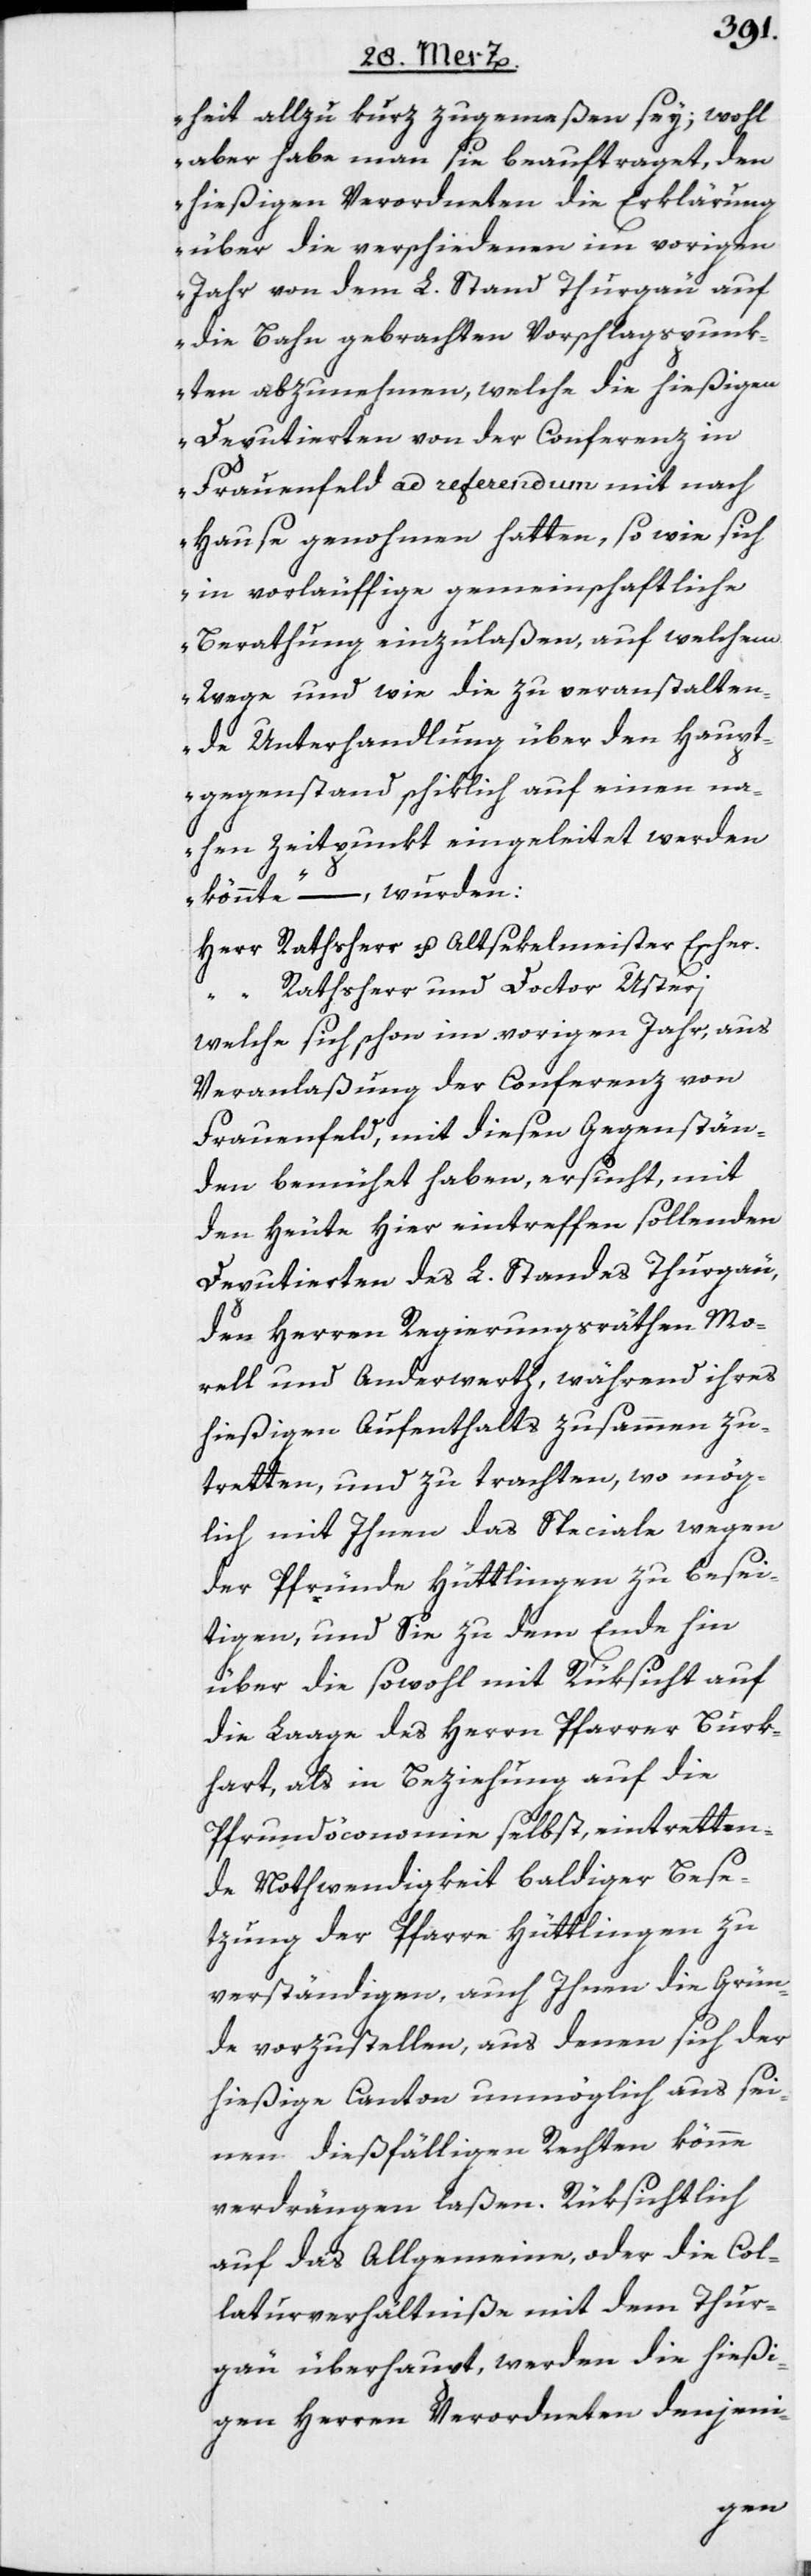
heit allzu kurz zugemeßen sey; wohl
aber habe man sie beauftraget, den
hießigen Verordneten die Erklärung
über die verschiedenen im vorigen
Jahr von dem L. Stand Thurgau auf
die Bahn gebrachten Vorschlagspunk¬
ten abzunehmen, welche die hießigen
Deputierten von der Conferenz in
Frauenfeld ad referendum mit nach
Hause genohmen hatten, so wie sich
in vorläuffige gemeinschaftliche
Berathung einzulaßen, auf welchem
Wege und wie die zu veranstalten¬
de Unterhandlung über den Haupt¬
gegenstand schiklich auf einen na¬
hen Zeitpunkt eingeleitet werden
könnte“ –, wurden:
Herr Rathsherr u. Altsekelmeister Escher.
“ Rathsherr und Doctor Usteri
welche sich schon im vorigen Jahr, aus
Veranlaßung der Conferenz von
Frauenfeld, mit diesen Gegenstän¬
den bemühet haben, ersucht, mit
den Heute Hier eintreffen sollenden
Deputierten des L. Standes Thurgau,
den Herren Regierungsräthen Mo¬
rell und Anderwerth, während ihres
hießigen Aufenthalts zusammen zu¬
tretten, und zu trachten, wo mög¬
lich mit Ihnen das Speciale wegen
der Pfründe Hüttlingen zu besei¬
tigen, und Sie zu dem Ende hin
über die sowohl mit Rüksicht auf
die Laage des Herrn Pfarrer Burk¬
hart, als in Beziehung auf die
Pfrundöconomie selbst, eintretten¬
de Nothwendigkeit baldiger Bese¬
tzung der Pfarre Hüttlingen zu
verständigen, auch Ihnen die Grün¬
de vorzustellen, aus denen sich der
hießige Canton unmöglich aus sei¬
nen dießfälligen Rechten könne
verdrängen laßen. Rüksichtlich
auf das Allgemeine, oder die Col¬
laturverhältniße mit dem Thur¬
gau überhaupt, werden die hießi¬
gen Herren Verordneten denjeni-